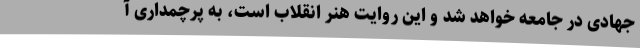
جهادی در جامعه خواهد شد و این روایت هنر انقلاب است، به پرچمداری آ